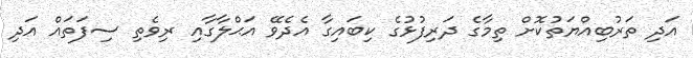
އަދި ތަރުބިއްޔަތުކޮށް ތިމާގެ ދަރިފުޅުގެ ކިބައިގާ އެދެވޭ އަޙްލާގާއި ރިވެތި ސިފަތައް އަދި